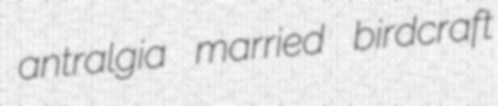
antralgia married birdcraft